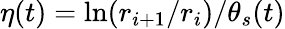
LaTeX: \eta(t)=\ln(r_{i+1}/r_{i})/\theta_{s}(t)